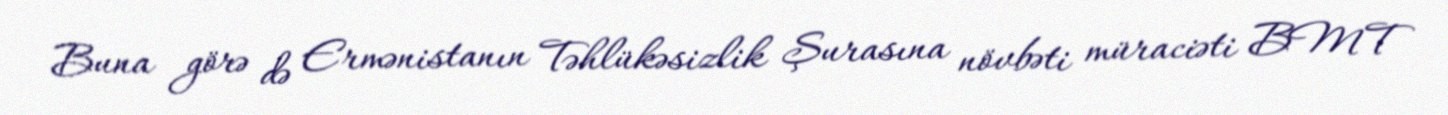
Buna görə də Ermənistanın Təhlükəsizlik Şurasına növbəti müraciəti BMT